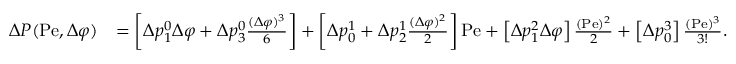
\begin{array} { r l } { \Delta P ( \mathrm { P e } , \Delta \varphi ) } & { = \left[ \Delta p _ { 1 } ^ { 0 } \Delta \varphi + \Delta p _ { 3 } ^ { 0 } \frac { ( \Delta \varphi ) ^ { 3 } } { 6 } \right] + \left[ \Delta p _ { 0 } ^ { 1 } + \Delta p _ { 2 } ^ { 1 } \frac { ( \Delta \varphi ) ^ { 2 } } { 2 } \right] \mathrm { P e } + \left[ \Delta p _ { 1 } ^ { 2 } \Delta \varphi \right] \frac { ( \mathrm { P e } ) ^ { 2 } } { 2 } + \left[ \Delta p _ { 0 } ^ { 3 } \right] \frac { ( \mathrm { P e } ) ^ { 3 } } { 3 ! } . } \end{array}